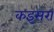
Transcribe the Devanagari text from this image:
कइसरा